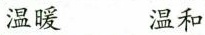
温暖 温和